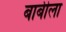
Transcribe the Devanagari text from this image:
बाबीला